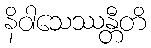
နိဝါသေဿန္တီတိ